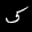
Label: 5